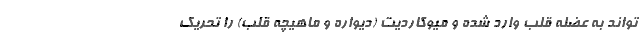
تواند به عضله قلب وارد شده و میوکاردیت (دیواره و ماهیچه قلب) را تحریک